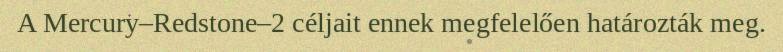
A Mercury–Redstone–2 céljait ennek megfelelően határozták meg.